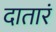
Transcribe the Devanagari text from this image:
दातारं